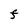
Character: F